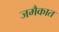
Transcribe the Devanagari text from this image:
जमैकात